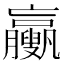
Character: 𦣉